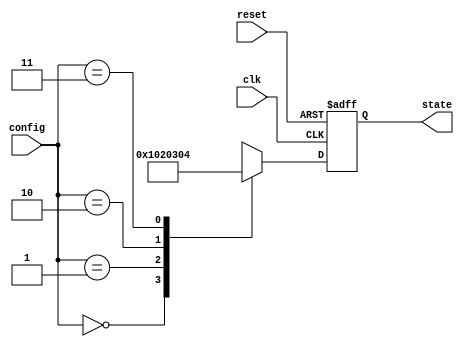
module ConfigurableInitialConditions (
    input wire clk,          // Clock signal
    input wire reset,        // Reset signal
    input wire [1:0] config, // Configuration signal (2 bits for 4 preset conditions)
    output reg [7:0] state   // State variable (8 bits wide)
);

    // Internal state initialization based on configuration
    always @(posedge clk or posedge reset) begin
        if (reset) begin
            // Reset to a predefined initial state (e.g., 0)
            state <= 8'b00000000;
        end else begin
            // Set state based on config signal
            case (config)
                2'b00: state <= 8'b00000001; // Initial state for config 0
                2'b01: state <= 8'b00000010; // Initial state for config 1
                2'b10: state <= 8'b00000011; // Initial state for config 2
                2'b11: state <= 8'b00000100; // Initial state for config 3
                default: state <= 8'b00000000; // Default case
            endcase
        end
    end

endmodule